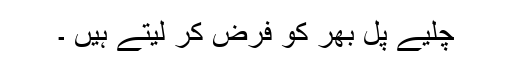
چلیے پل بھر کو فرض کر لیتے ہیں ۔